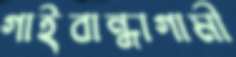
গাইবান্ধাগামী